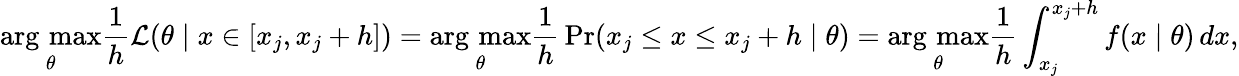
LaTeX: \mathop{\operatorname{arg\, max}}_{\theta}{\frac{1}{h}}{\mathcal{L}}(\theta\mid x\in[x_{j},x_{j}+h])=\mathop{\operatorname{arg\, max}}_{\theta}{\frac{1}{h}}\operatorname*{Pr}(x_{j}\leq x\leq x_{j}+h\mid\theta)=\mathop{\operatorname{arg\, max}}_{\theta}{\frac{1}{h}}\int_{x_{j}}^{x_{j}+h}f(x\mid\theta)\, dx,